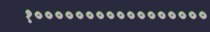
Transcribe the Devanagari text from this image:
१०००००००००००००००००